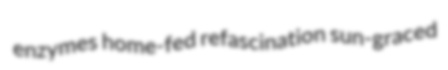
enzymes home-fed refascination sun-graced